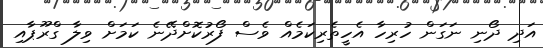
އަދި ދޯނި ނަގަން ހުރިހާ އެހީތެރިކަމެއް ވެސް ފޯރުކޮށްދޭނެ ކަމަށް ވިލާ ގްރޫޕާއި